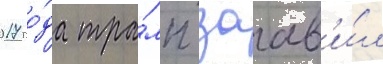
2017 го́да тра́мп заав'и́л